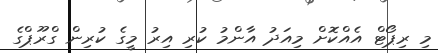
މި ރިޕޯޓް އެއްކޮށް މިއަދު އާންމު ކުރި އިރު މީގެ ކުރިން ގްރޫޕްގެ